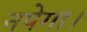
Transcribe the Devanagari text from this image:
नपेगा।